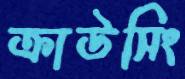
ক্রাউসিং